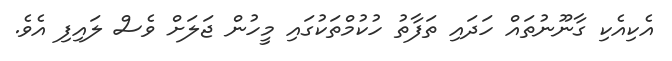
އެކިއެކި ގާނޫނުތައް ހަދައި ތަފާތު ހުކުމްތަކުގައި މީހުން ޖަލަށް ވެސް ލައިފި އެވެ.